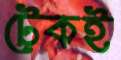
টেকই